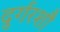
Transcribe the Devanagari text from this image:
दुर्गरशौ